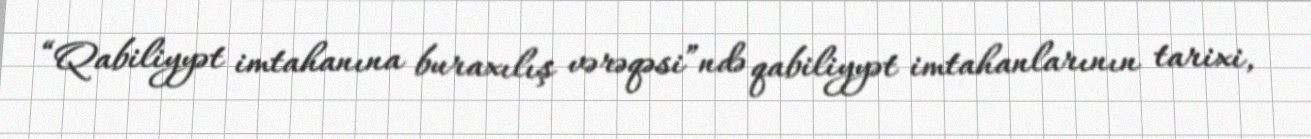
“Qabiliyyət imtahanına buraxılış vərəqəsi”ndə qabiliyyət imtahanlarının tarixi,